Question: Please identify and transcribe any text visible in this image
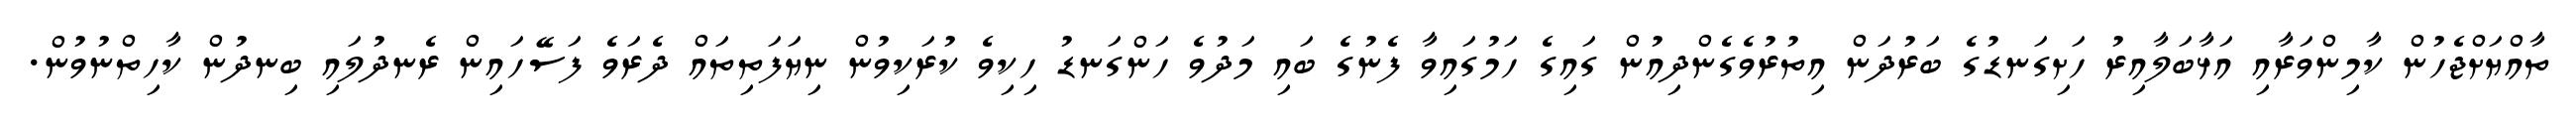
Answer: ތާއްޔަށްޖެހުން ކާމިންވަރާއި އަޅާބަލާއިރު ހަށިގަނޑުގެ ބަރުދަން އިތުރުވެގެންދިއުން ގައިގެ ހަމުގައިވާ ފެނުގެ ބައި މަދުވެ ހަންގަނޑު ހިކިވެ ކުރަކިވުން ނިޔަފަތިތައް ދެރަވެ ފަސޭހައިން ރެނދުލައި ބިނދުން ކާހިތްނުވުން.